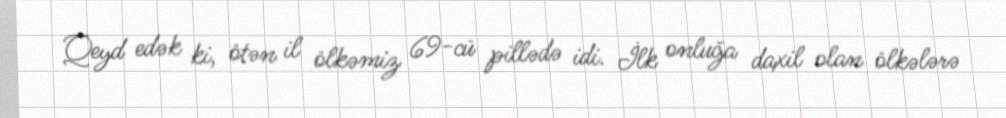
Qeyd edək ki, ötən il ölkəmiz 69-cü pillədə idi. İlk onluğa daxil olan ölkələrə